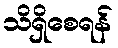
သိရှိစေရန်